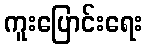
ကူးပြောင်းရေး